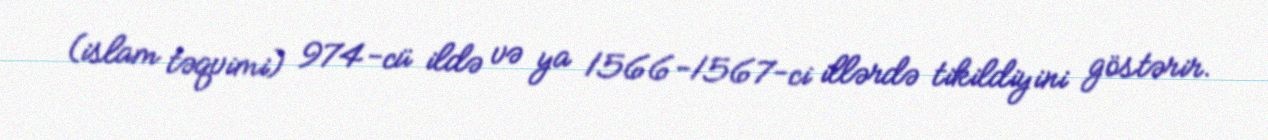
(islam təqvimi) 974-cü ildə və ya 1566-1567-ci illərdə tikildiyini göstərir.